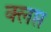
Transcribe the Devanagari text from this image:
क्लप्त